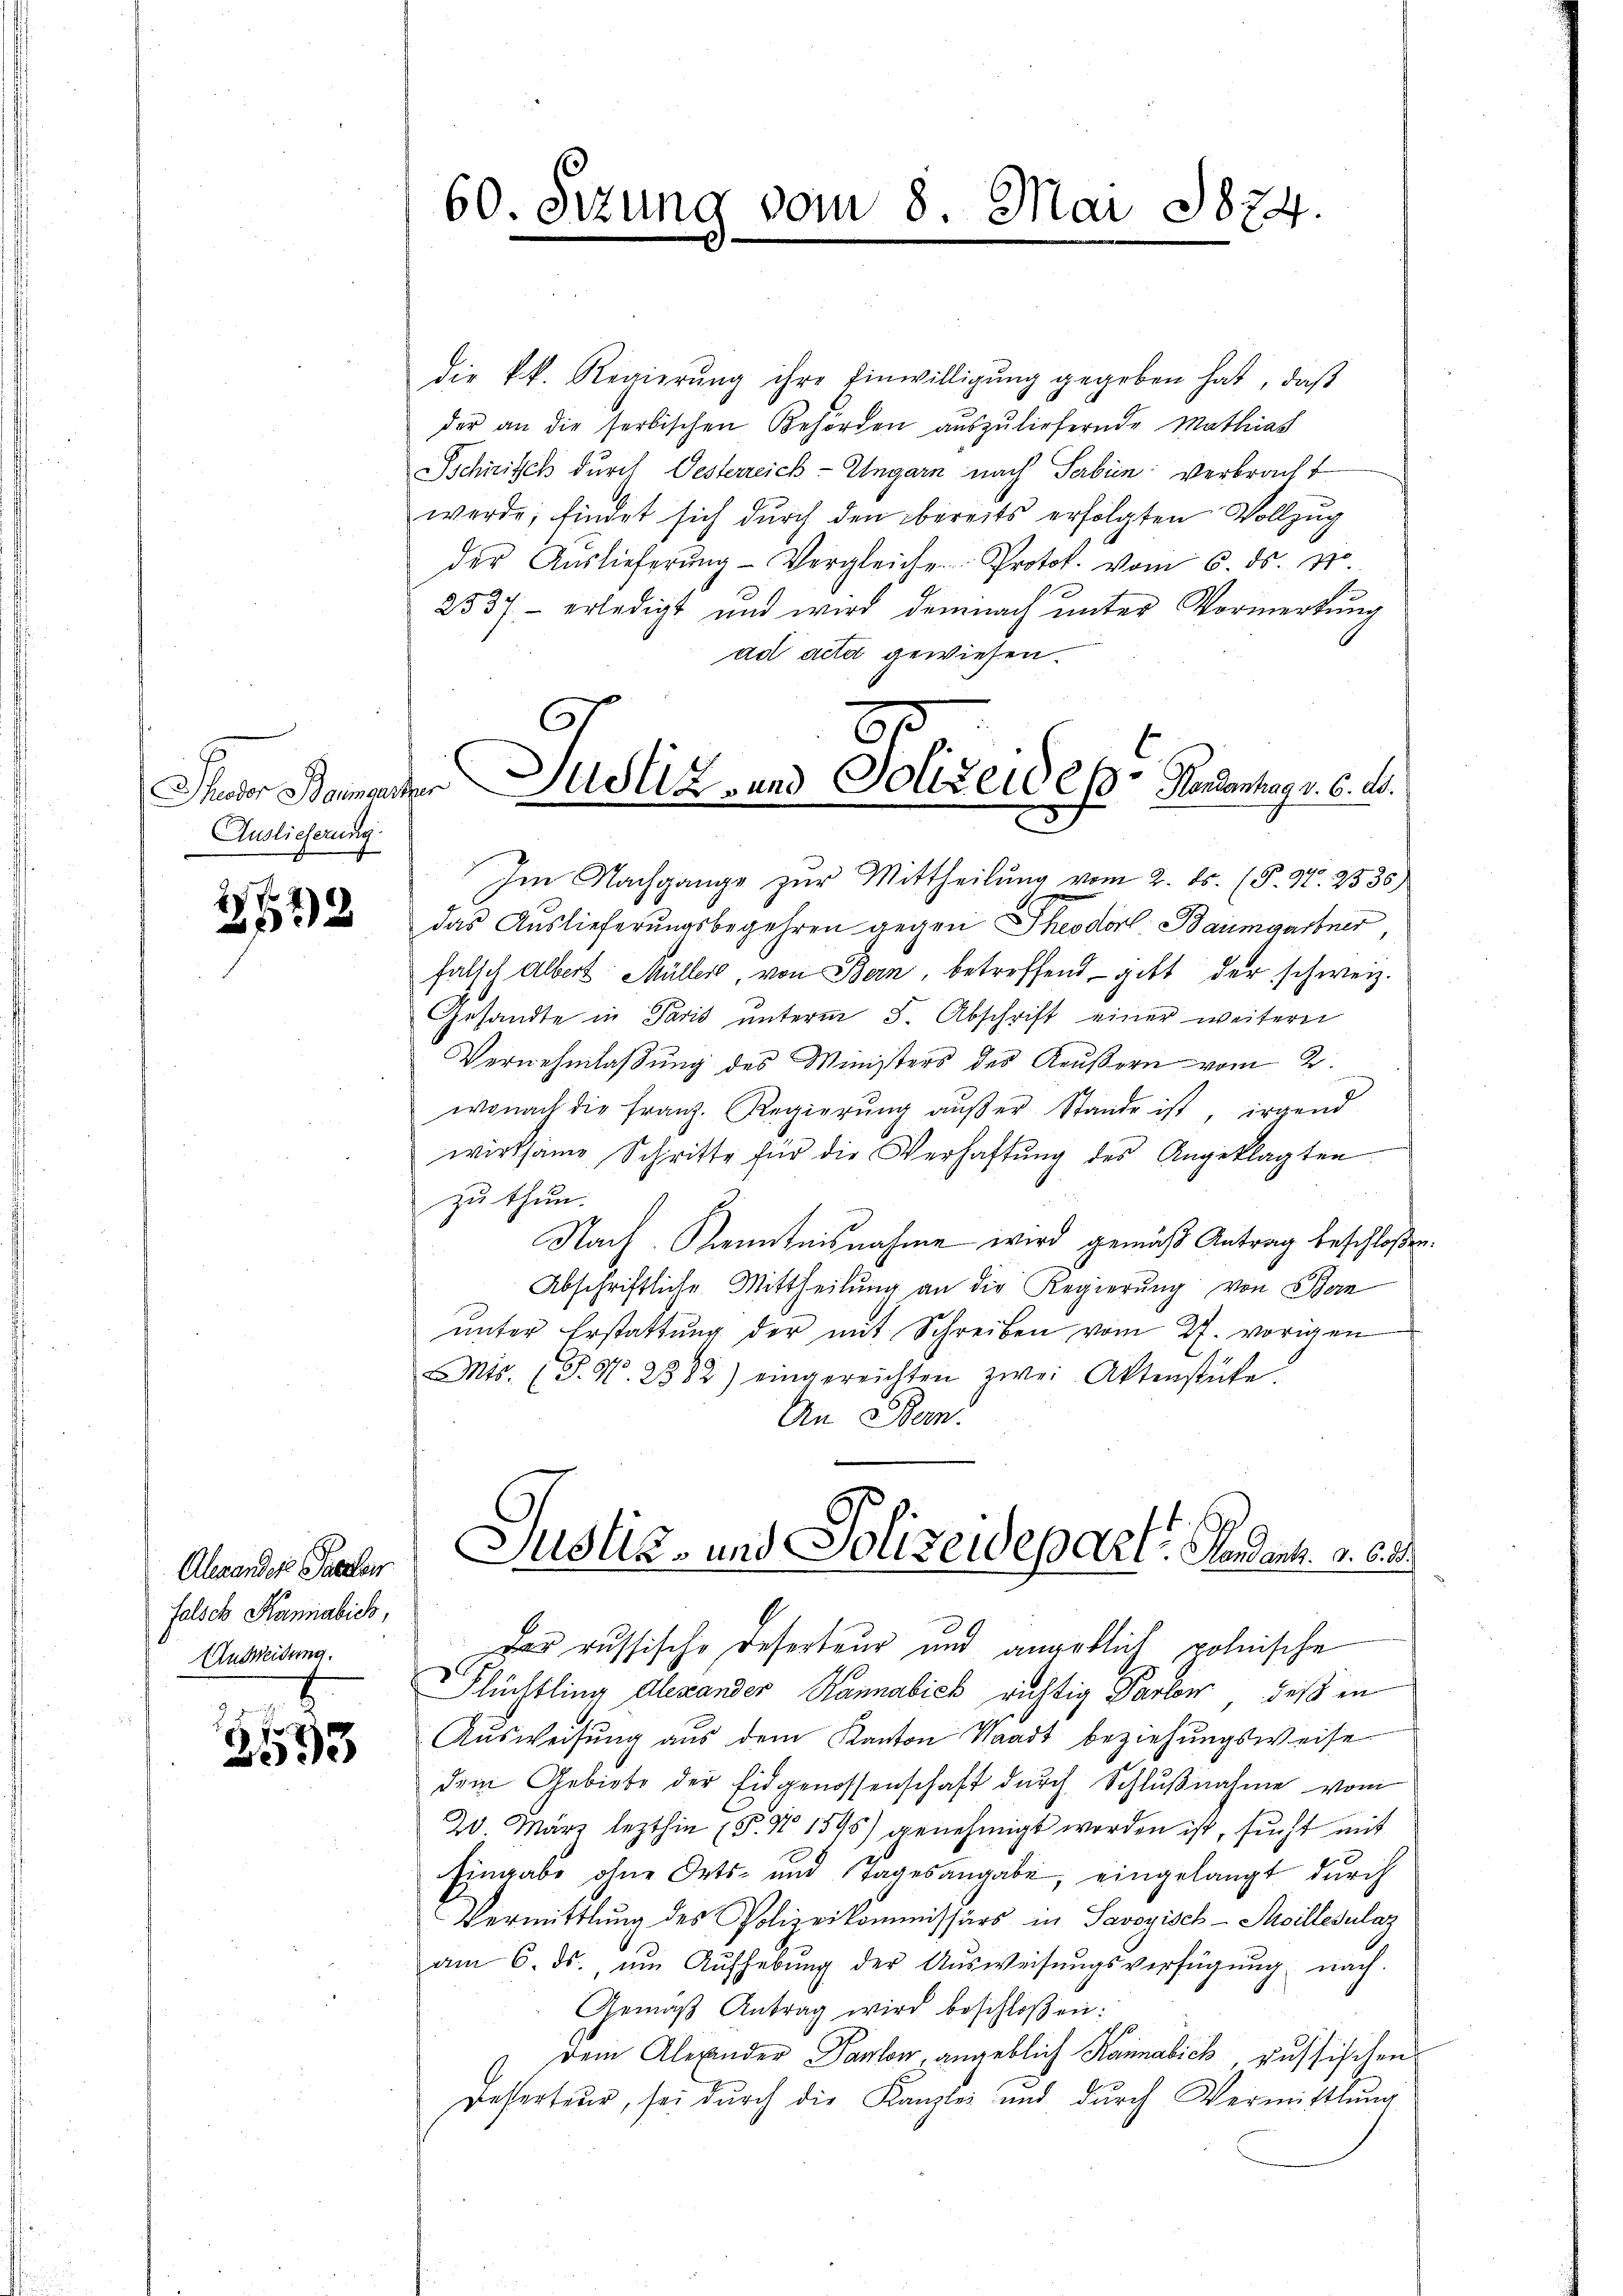
Theodor Baumgar
Auslieferung.

32

Alexander Passen
falsch Kanniabich,
Anweidung.

2593

60. Sizung vom 8. Mai 1874.

die kk. Regierŭng ihre Einwilligŭng gegeben hat, daβ
der an die serbischen Behörden aŭszŭliefernde Mathias
Schirisch durch Oesterreich-Ungarn nach Serben verbracht
werde; findet sich durch den bereits erfolgten Vollzug
der Aŭslieferŭng- Vergleiche Protok. vom 6. ds. v.
2537. erledigt und wird demnach ŭnter Vormerkŭng
ad acta gewiesen.
Im Nachgange zur Mittheilung vom 2. ds. (T. S. 2530)
das Auslieferungsbegehren gegen Theodor Baumgartner,
falsch Albert Müller, von Bern, betreffend gibt der schweiz.
Gesandte in Paris unterm 5. Abschrift einer weitern
Vernehmlaßung des Ministers des Aeußern vom 2.
wonach die franz. Regierŭng aŭβer Stande ist, irgend
wirksame Schritte für die Verhaftŭng des Angeklagten
zu thun.
Nach. Kenntnisnahme wird gemäß Antrag beschloßen:
Abschriftliche Mittheilŭng an die Regierŭng von Bern
unter Erstattung der mit Schreiben vom 27. vorigen
Mts. (T. N. 2382) eingereichten zwei Aktenstücke
An Stern.

Justiz- und Polizeides Handantag v. 6. ds.

Justiz- und Polizeidepart. Standen. v. 6.
Das russische Deserteur und angeblich polnische

Flüchtling Alexander Rannabick richtig Parlow, daß in
Ausweisung aus dem Kanton Waadt beziehungsweise
dem Gebiete der Eidgenossenschaft durch Schlŭβnahme vom
20. März lezthin (T. N 1595) genehmigt worden ist, sucht mit
Eingabe ohne Orts- und Tagesangabe, eingelangt durch
Vermittlung des Polizeikommissärs in Savoyisch-Meillesulaz
am 6. ds. ŭm Aŭfhebŭng der Aŭsweisŭngsverfügŭng nach.
Gemäβ Antrag wird beschloßen:
dem Alexander Parlow, angeblich Kannalick aussischen
Fesserteur, sei durch die Kanzlei und durch Vermittlung